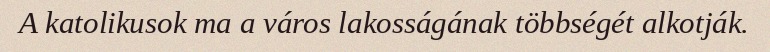
A katolikusok ma a város lakosságának többségét alkotják.